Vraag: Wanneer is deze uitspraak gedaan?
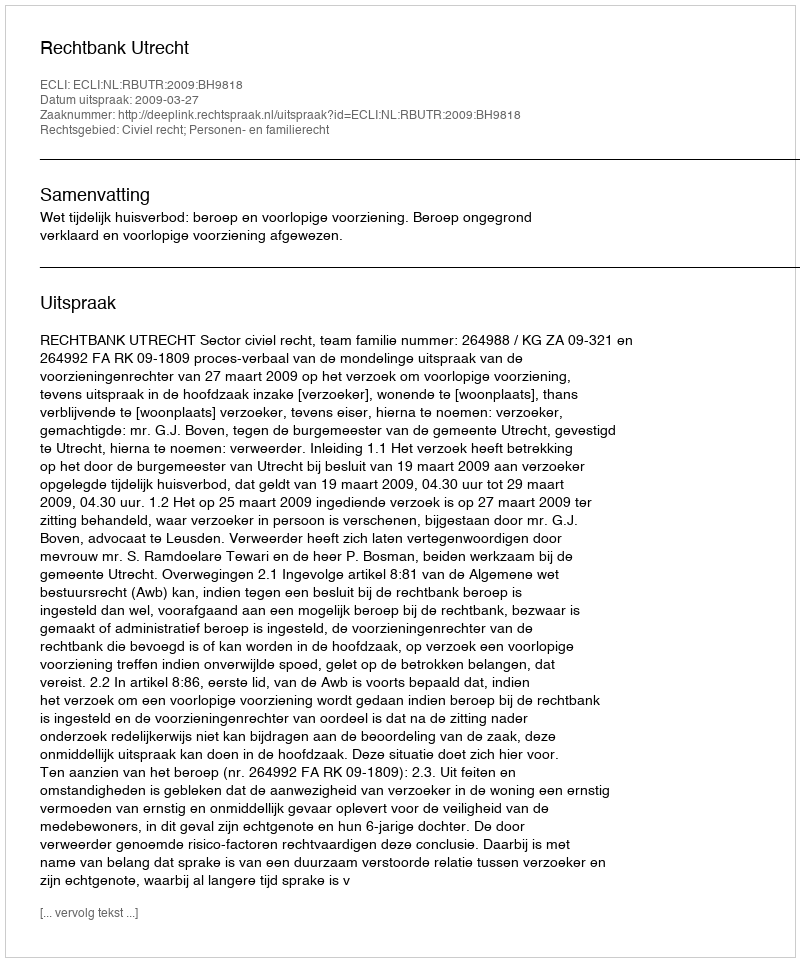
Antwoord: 2009-03-27